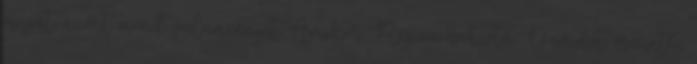
magát, azért mond valamennyit. Amikor Regina behívta Davidet, őszintén